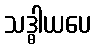
သဒ္ဓါယပေ